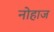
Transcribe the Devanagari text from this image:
नोहाज